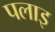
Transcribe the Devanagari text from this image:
पलाइ